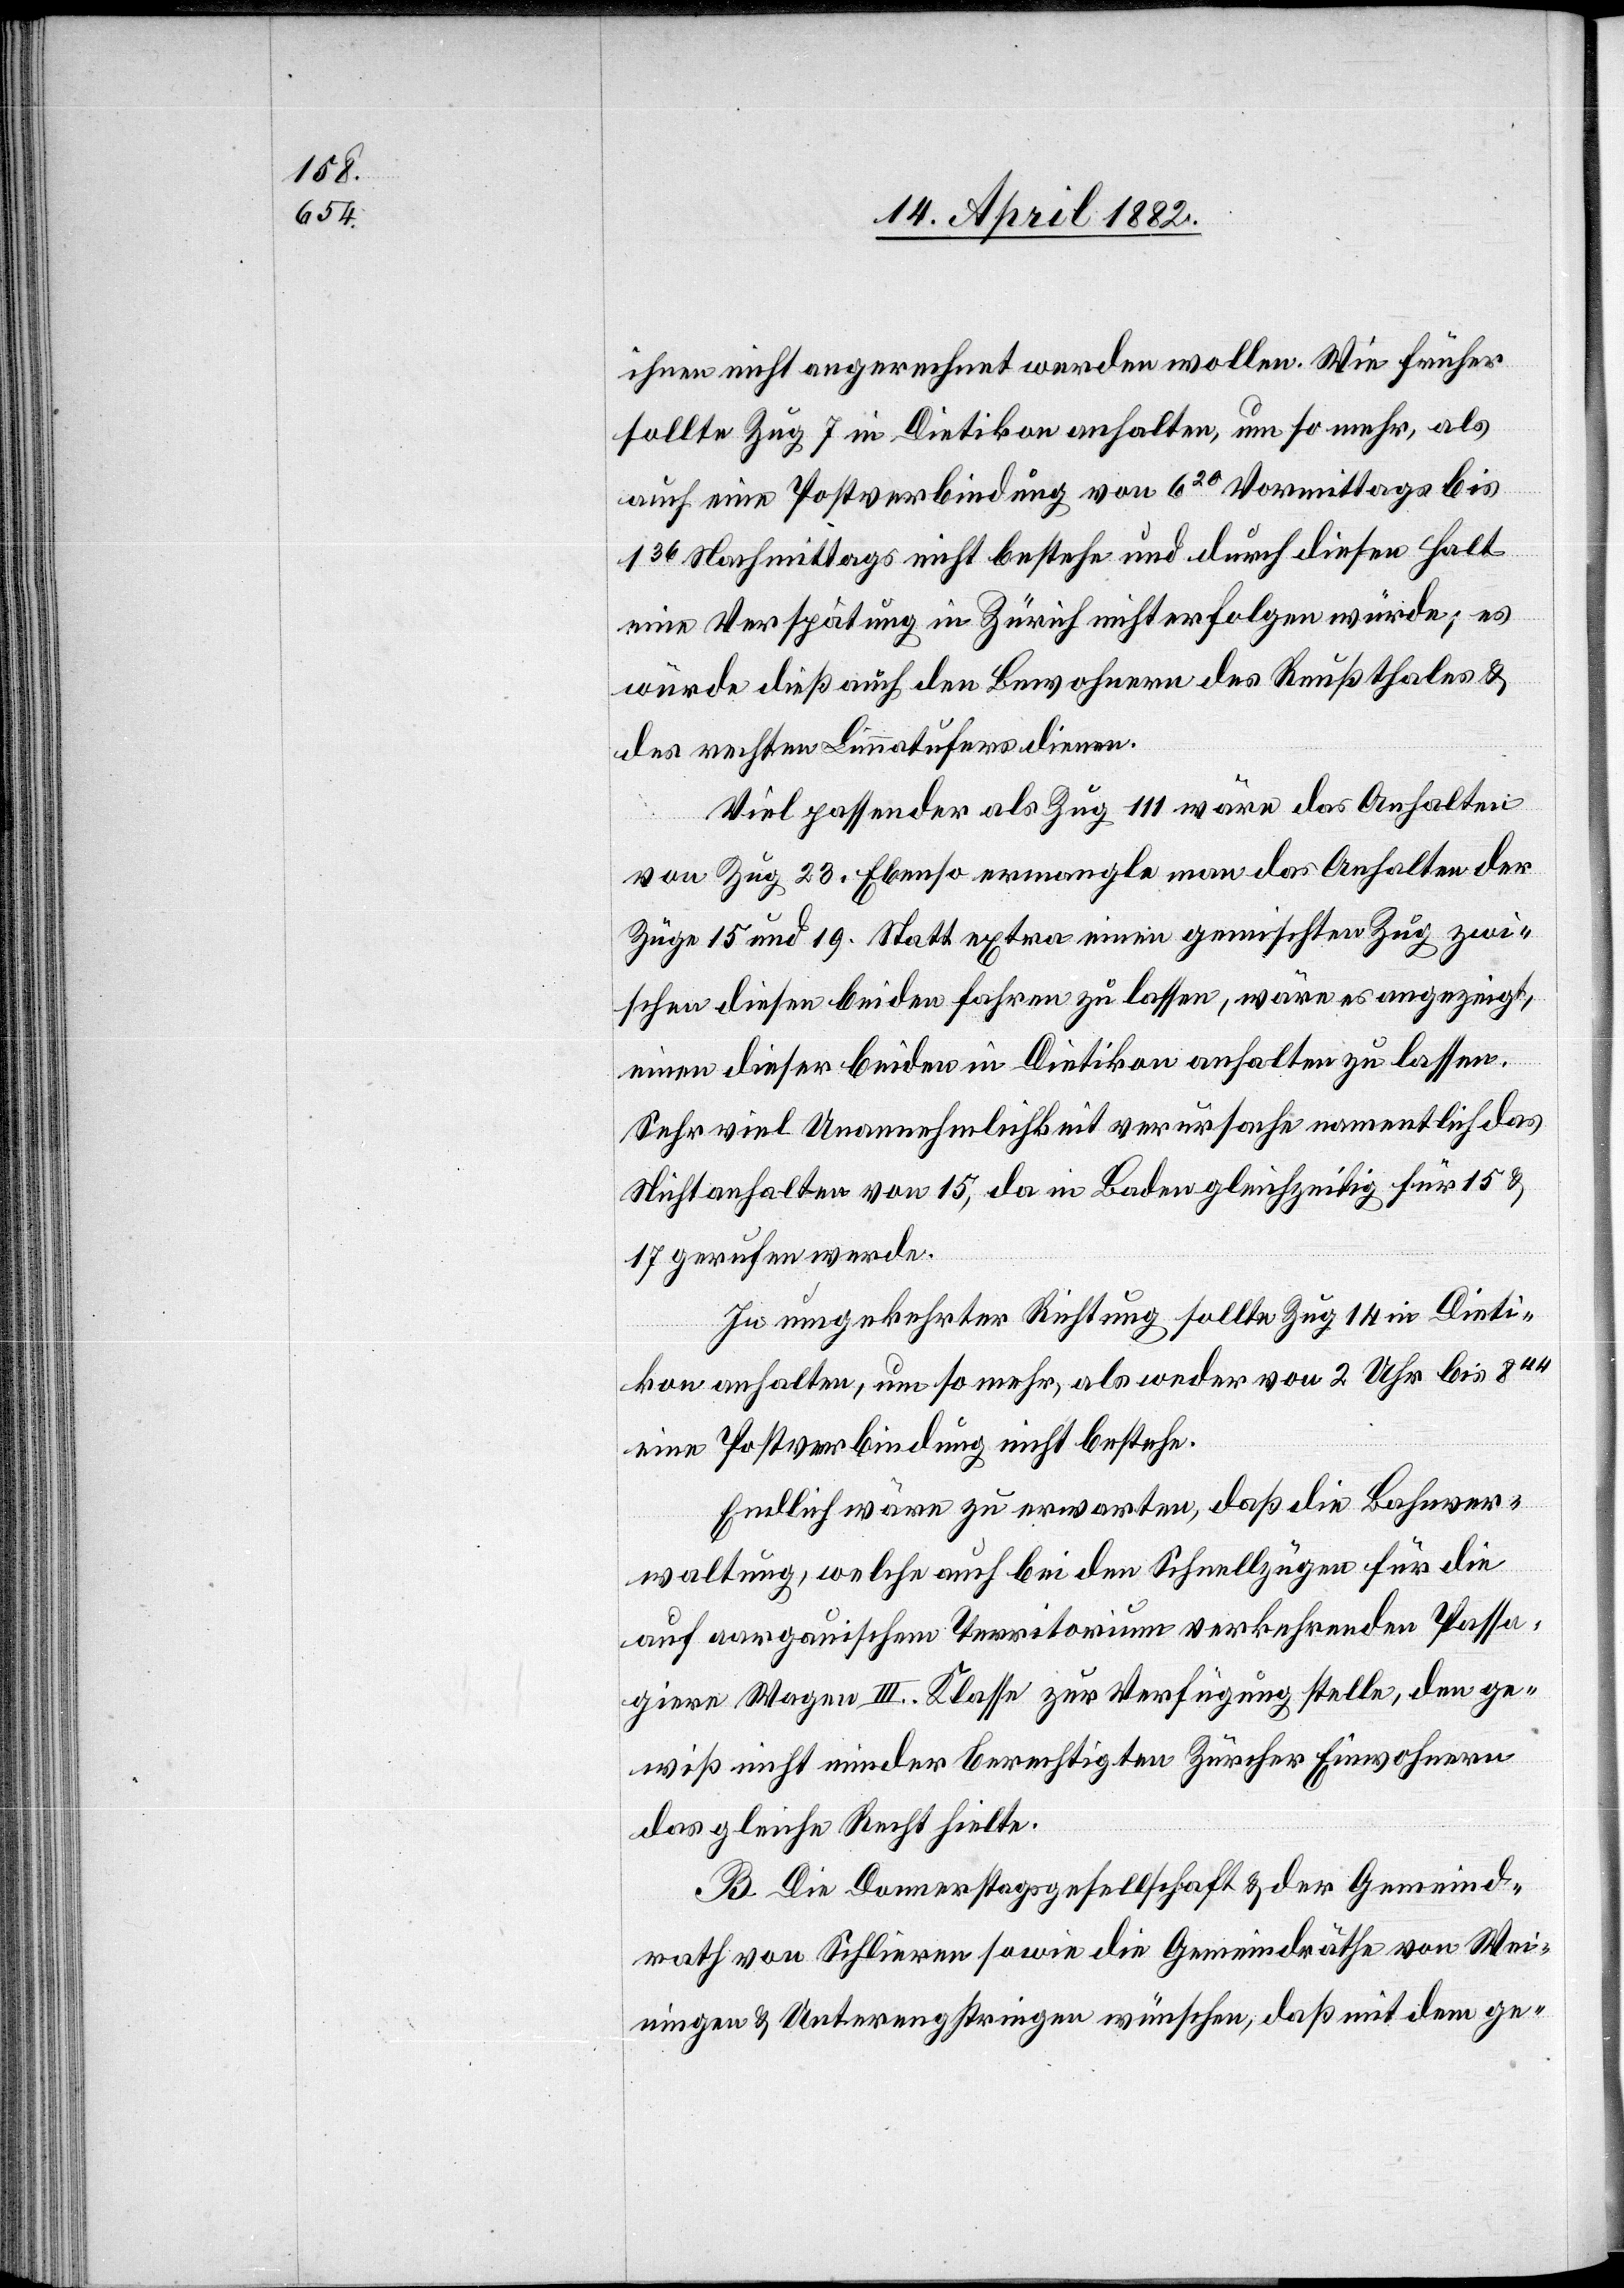
ihnen nicht angerechnet werden wollen. Wie früher
sollte Zug 7 in Dietikon anhalten, um so mehr, als
auch eine Postverbindung von 620 Vormittags bis
136 Nachmittags nicht bestehe und durch diesen Halt
eine Verspätung in Zürich nicht erfolgen würde; es
würde dieß auch den Bewohnern des Reußthales &
des rechten Limmatufers dienen.
Viel passender als Zug 111 wäre das Anhalten
von Zug 23. Ebenso ermangle man das Anhalten der
Züge 15 und 19. Statt extra einen gemischten Zug zwi¬
schen diesen beiden fahren zu lassen, wäre es angezeigt,
einen dieser beiden in Dietikon anhalten zu lassen.
Sehr viel Unannehmlichkeit verursache namentlich das
Nichtanhalten von 15, da in Baden gleichzeitig für 15 &
17 gerufen werde.
In umgekehrter Richtung sollte Zug 14 in Dieti¬
kon anhalten, um so mehr, als weder von 2 Uhr bis 844
eine Postverbindung nicht bestehe.
Endlich wäre zu erwarten, daß die Bahnver¬
waltung, welche auch bei den Schnellzügen für die
auf aargauischem Territorium verkehrenden Passa¬
giere Wagen III. Klasse zur Verfügung stelle, den ge¬
wiß nicht minder berechtigten Zürcher Einwohnern
das gleiche Recht hielte.
B. Die Donnerstagsgesellschaft & der Gemeind¬
rath von Schlieren sowie die Gemeindräthe von Wei¬
ningen & Unterengstringen wünschen, daß mit dem ge-